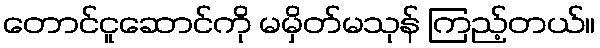
တောင်ငူဆောင်ကို မမှိတ်မသုန် ကြည့်တယ်။